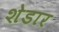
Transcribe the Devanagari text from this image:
शेडार